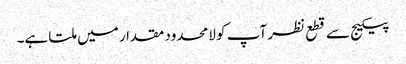
پیکیج سے قطع نظر آپ کو لامحدود مقدار میں ملتا ہے۔